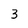
Character: 3